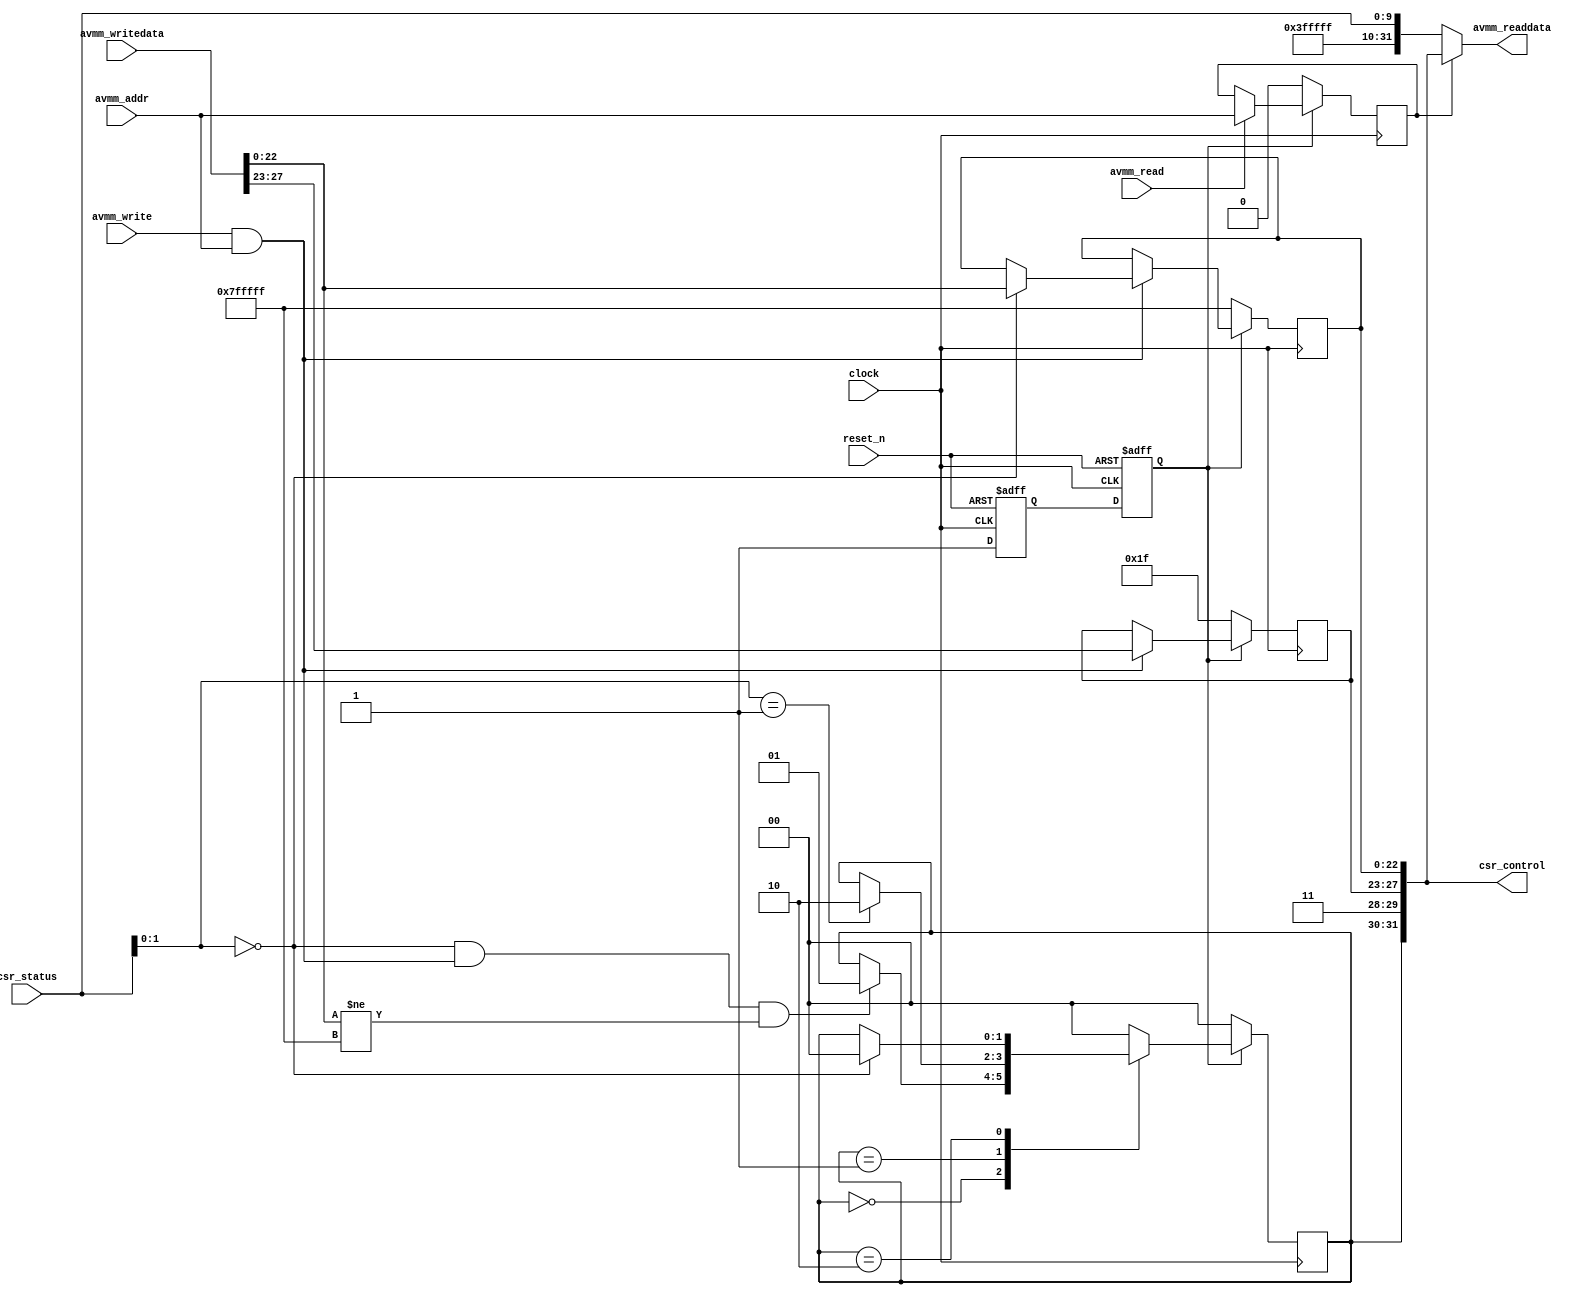
module altera_onchip_flash_avmm_csr_controller (
	// To/From System
	clock,
	reset_n,

	// To/From Avalon_MM csr slave interface
	avmm_read,
	avmm_write,
	avmm_addr,
	avmm_writedata,
	avmm_readdata,
	
	// To/From Avalon_MM data slave interface
	csr_status,
	csr_control
);

	parameter AVMM_CSR_DATA_WIDTH = 32;

	localparam [1:0]	ERASE_ST_IDLE = 0,
						ERASE_ST_PENDING = 1,
						ERASE_ST_BUSY = 2;

	localparam [1:0]	STATUS_IDLE = 0,
						STATUS_BUSY_ERASE = 1,
						STATUS_BUSY_WRITE = 2,
						STATUS_BUSY_READ = 3;

	// To/From System
	input clock;
	input reset_n;

	// To/From Avalon_MM csr slave interface
	input avmm_read;
	input avmm_write;
	input avmm_addr;
	input [AVMM_CSR_DATA_WIDTH-1:0] avmm_writedata;
	output [AVMM_CSR_DATA_WIDTH-1:0] avmm_readdata;
	
	// To/From Avalon_MM data slave interface
	input [9:0] csr_status;
	output [31:0] csr_control;
	
	reg [22:0] csr_sector_page_erase_addr_reg;
	reg [4:0] csr_wp_mode;
	reg [1:0] csr_erase_state;
	reg csr_control_access;
	reg reset_n_reg1;
	reg reset_n_reg2;

	wire reset_n_w;
	wire is_idle;
	wire is_erase_busy;
	wire valid_csr_erase_addr;
	wire valid_csr_write;
	wire [31:0] csr_control_signal;
	wire [22:0] csr_erase_addr;

	assign is_idle = (csr_status[1:0] == STATUS_IDLE);
	assign is_erase_busy = (csr_status[1:0] == STATUS_BUSY_ERASE);
	assign csr_erase_addr = avmm_writedata[22:0];
	assign valid_csr_erase_addr = (csr_erase_addr != {(23){1'b1}});
	assign valid_csr_write = (avmm_write & avmm_addr);		
	assign csr_control_signal = { csr_erase_state, {(2){1'b1}}, csr_wp_mode, csr_sector_page_erase_addr_reg };
	assign csr_control = csr_control_signal;
	assign avmm_readdata = (csr_control_access) ? csr_control_signal : { {(22){1'b1}}, csr_status[9:0] };

	// avoid async reset removal issue 
	assign reset_n_w = reset_n_reg2;
	
	// Initiate register value for simulation. The initiate value can't be xx
	initial begin
		csr_sector_page_erase_addr_reg <= {(23){1'b1}};
		csr_wp_mode = {(5){1'b1}};
		csr_erase_state = ERASE_ST_IDLE;
		csr_control_access = 1'b0;
		reset_n_reg1 = 1'b0;
		reset_n_reg2 = 1'b0;
	end

	// -------------------------------------------------------------------
	// Avoid async reset removal issue 
	// -------------------------------------------------------------------
	always @ (negedge reset_n or posedge clock) begin
		if (~reset_n) begin
			{reset_n_reg2, reset_n_reg1} <= 2'b0;
		end
		else begin
			{reset_n_reg2, reset_n_reg1} <= {reset_n_reg1, 1'b1};
		end
	end
	
	// -------------------------------------------------------------------
	// Avalon_MM read/write
	// -------------------------------------------------------------------		
	always @ (posedge clock) begin
		
		// synchronous reset
		if (~reset_n_w) begin

			// reset all register
			csr_sector_page_erase_addr_reg <= {(23){1'b1}};
			csr_wp_mode <= {(5){1'b1}};
			csr_erase_state <= ERASE_ST_IDLE;
			csr_control_access <= 1'b0;

		end
		else begin

			// store read address
			if (avmm_read) begin
				csr_control_access <= avmm_addr;
			end
		
			// write control register
			if (valid_csr_write) begin
				csr_wp_mode <= avmm_writedata[27:23];
				if (is_idle) begin 
					csr_sector_page_erase_addr_reg <= avmm_writedata[22:0]; 
				end
			end
		
			// erase control fsm
			case (csr_erase_state)
				ERASE_ST_IDLE:
					if (is_idle && valid_csr_write && valid_csr_erase_addr) begin 
						csr_erase_state <= ERASE_ST_PENDING;
					end
				ERASE_ST_PENDING:
					if (is_erase_busy) begin 
						csr_erase_state <= ERASE_ST_BUSY; 
					end
				ERASE_ST_BUSY:
					if (is_idle) begin
						csr_erase_state <= ERASE_ST_IDLE; 
					end
				default: begin
					csr_erase_state <= ERASE_ST_IDLE;
				end
			endcase
		end
		
	end

endmodule